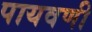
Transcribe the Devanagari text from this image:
पायवणी